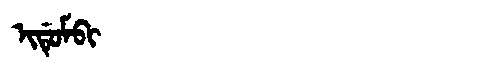
Manchu: ᡳᡩᡠᠮᠪᡳ
Romanization: IDUMBI